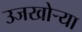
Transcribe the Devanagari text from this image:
उजखोर्‍या